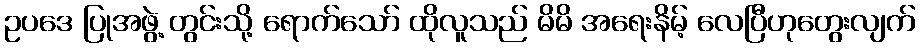
ဥပဒေ ပြုအဖွဲ့ တွင်းသို့ ရောက်သော် ထိုလူသည် မိမိ အရေးနိမ့် လေပြီဟုတွေးလျက်